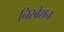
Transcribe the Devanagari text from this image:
निस्बेशन